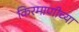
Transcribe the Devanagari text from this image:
किरमाणीच्या